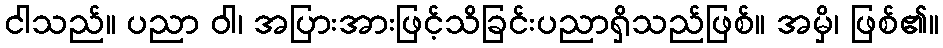
ငါသည်။ ပညာ ဝါ၊ အပြားအားဖြင့်သိခြင်းပညာရှိသည်ဖြစ်။ အမှိ၊ ဖြစ်၏။